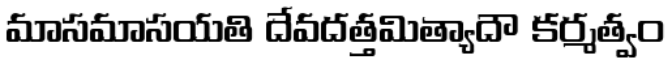
మాసమాసయతి దేవదత్తమిత్యాదౌ కర్మత్వం